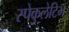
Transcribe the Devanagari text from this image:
स्पेकुलेटिभ